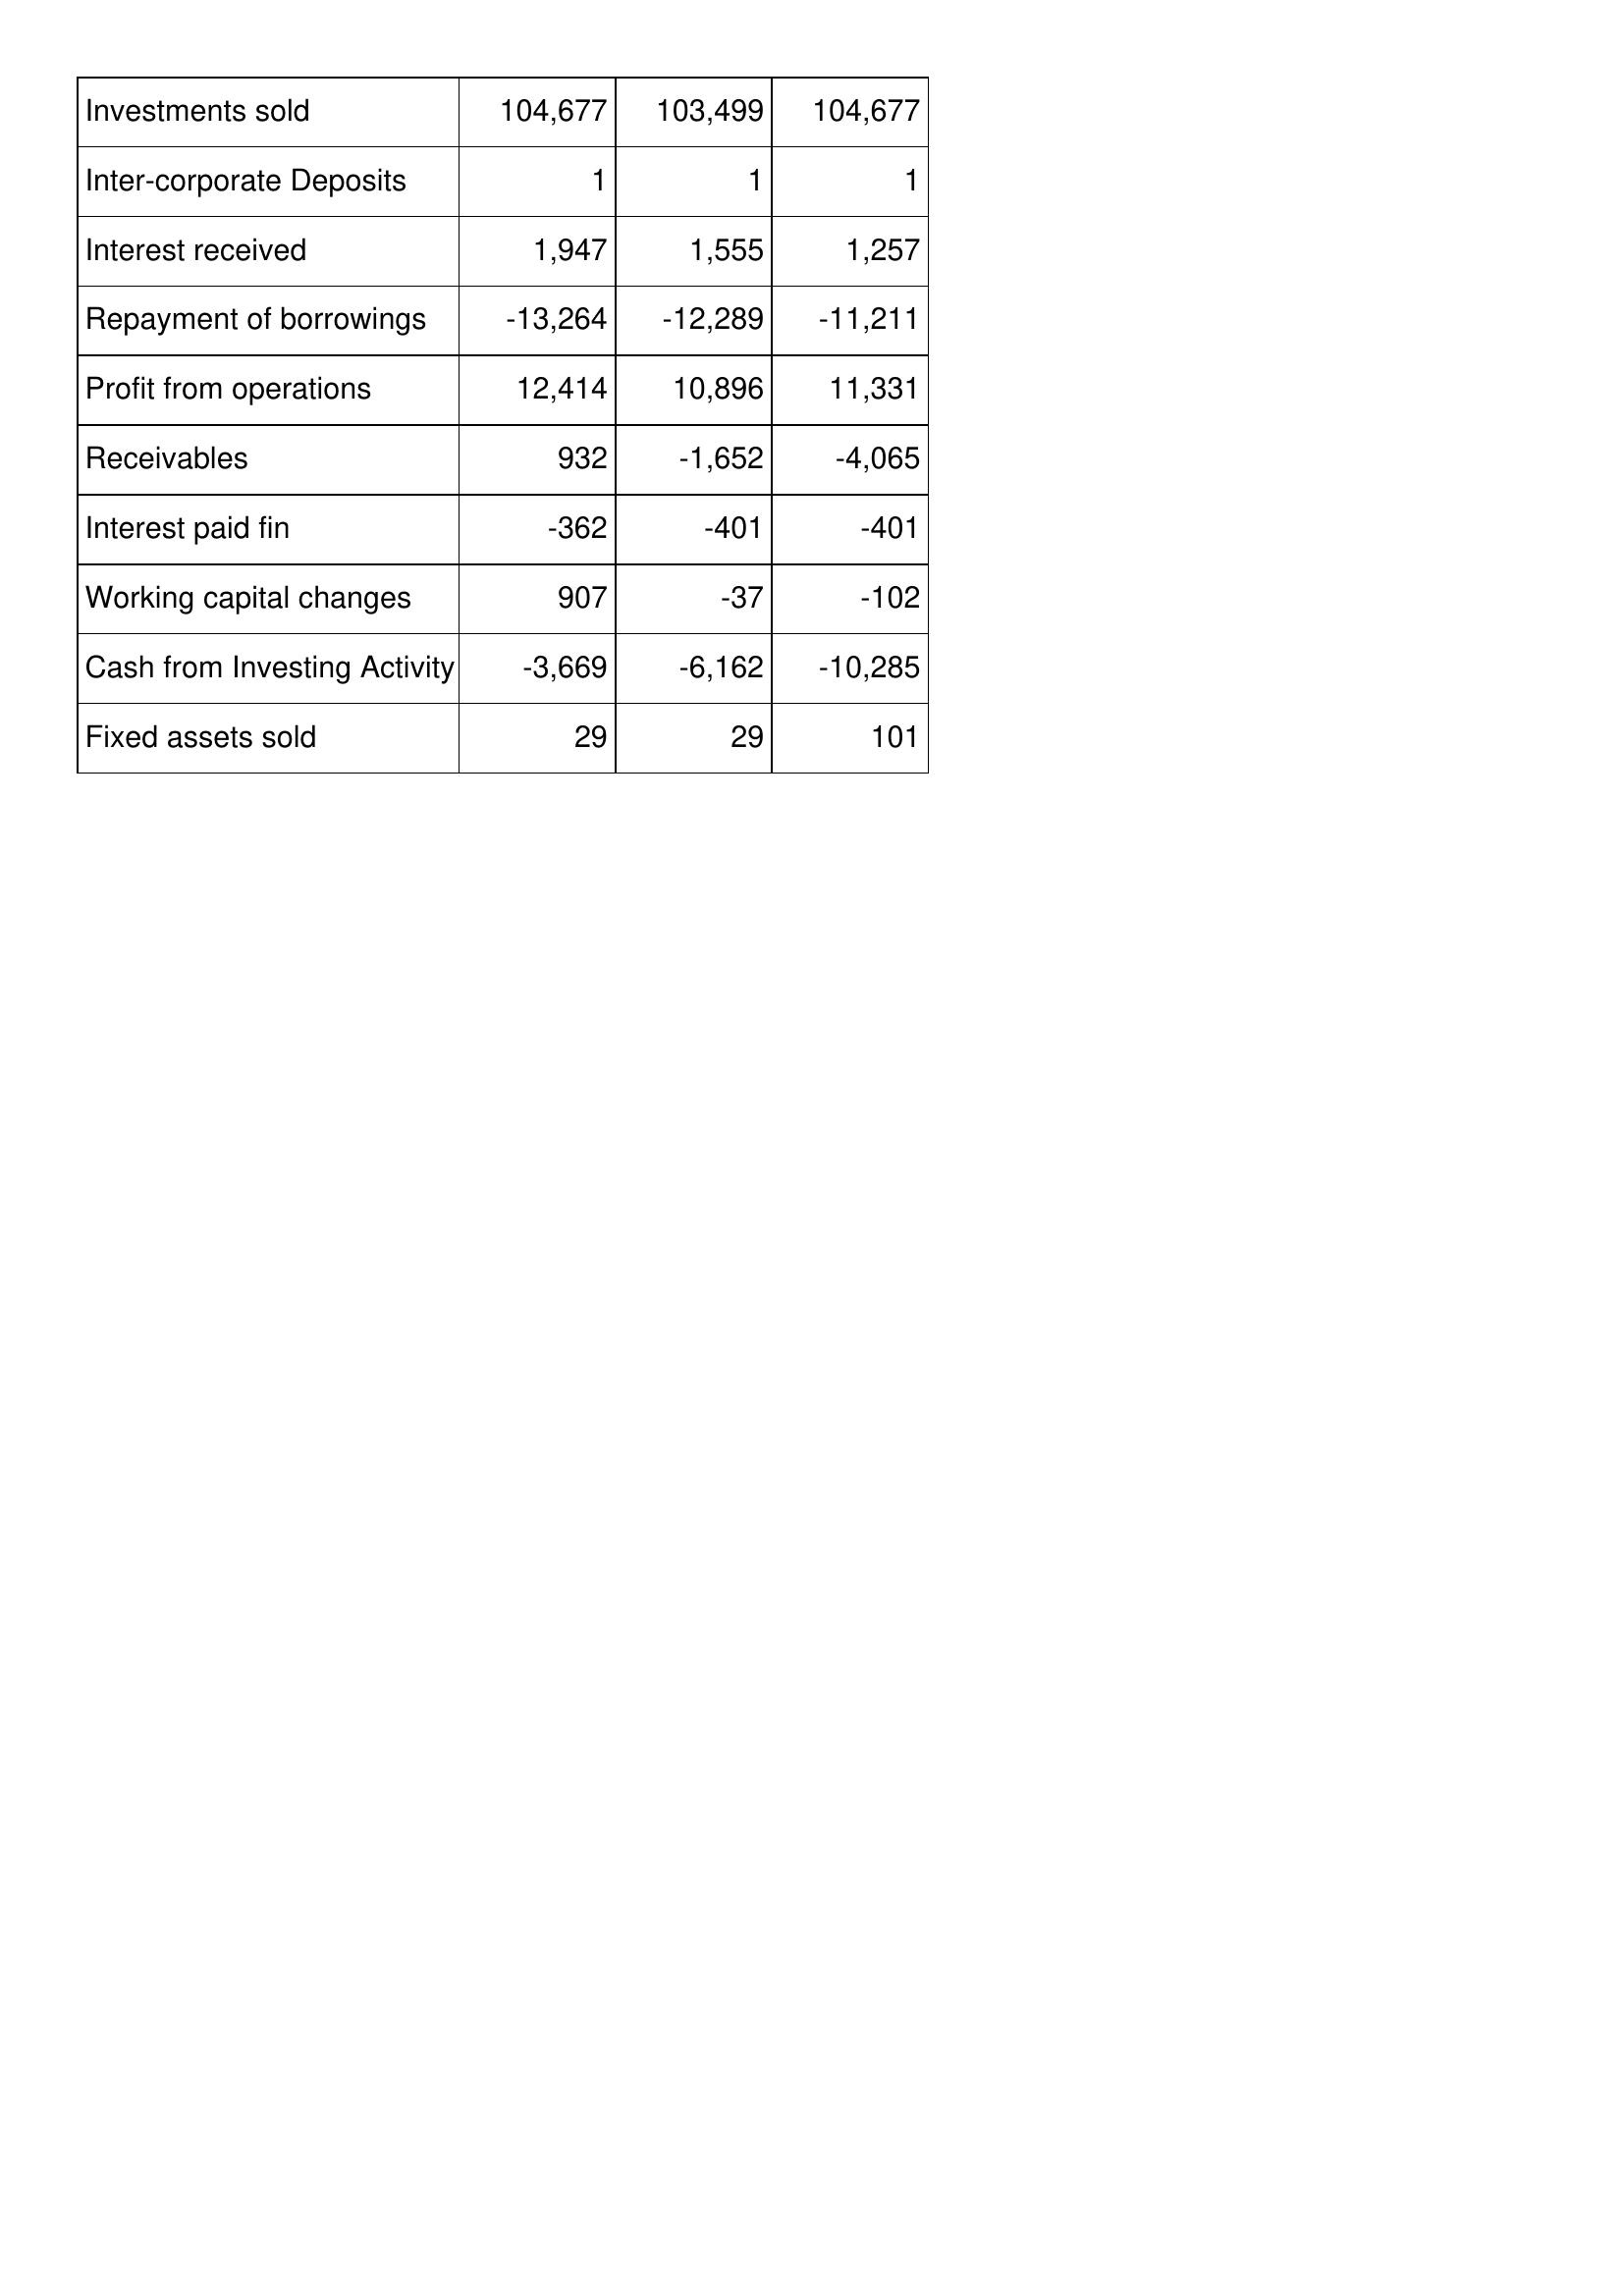
Mar-99: Cash Flows: Investments sold: 104,677
Inter-corporate Deposits: 1
Interest received: 1,947
Repayment of borrowings: -13,264
Profit from operations: 12,414
Receivables: 932
Interest paid fin: -362
Working capital changes: 907
Cash from Investing Activity: -3,669
Fixed assets sold: 29
Mar-98: Cash Flows: Investments sold: 103,499
Inter-corporate Deposits: 1
Interest received: 1,555
Repayment of borrowings: -12,289
Profit from operations: 10,896
Receivables: -1,652
Interest paid fin: -401
Working capital changes: -37
Cash from Investing Activity: -6,162
Fixed assets sold: 29
Mar-97: Cash Flows: Investments sold: 104,677
Inter-corporate Deposits: 1
Interest received: 1,257
Repayment of borrowings: -11,211
Profit from operations: 11,331
Receivables: -4,065
Interest paid fin: -401
Working capital changes: -102
Cash from Investing Activity: -10,285
Fixed assets sold: 101